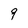
Character: 9